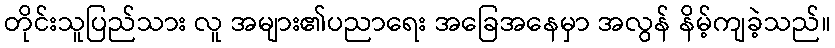
တိုင်းသူပြည်သား လူ အများ၏ပညာရေး အခြေအနေမှာ အလွန် နိမ့်ကျခဲ့သည်။